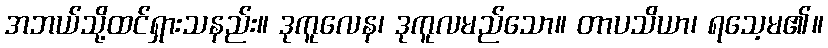
အဘယ်သို့ထင်ရှားသနည်း။ ဒုကူလေန၊ ဒုကူလမည်သော။ တာပသိယာ၊ ရသေ့မ၏။